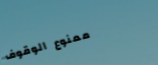
ممنوع الوقوف